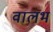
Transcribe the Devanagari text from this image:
वालभ